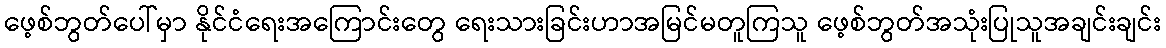
ဖေ့စ်ဘွတ်ပေါ်မှာ နိုင်ငံရေးအကြောင်းတွေ ရေးသားခြင်းဟာအမြင်မတူကြသူ ဖေ့စ်ဘွတ်အသုံးပြုသူအချင်းချင်း